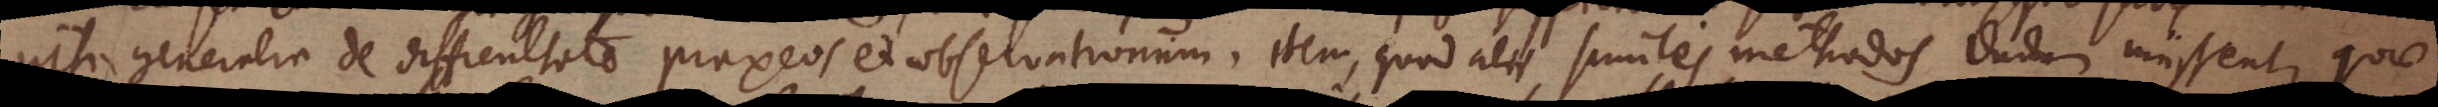
nisi generalia de difficultate praxeos et observationum, item, quod alii similes methodos dudum iniissent, quae